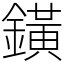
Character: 鐄